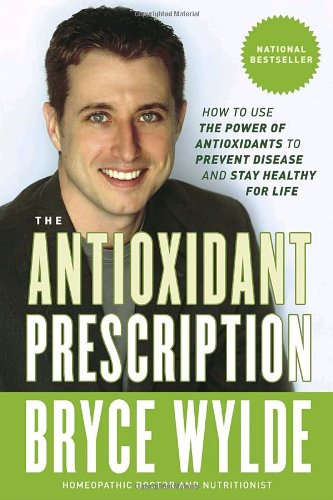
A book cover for The Antioxidant Prescription: How to Use the Power of Antioxidants to Prevent Disease and Stay Healthy for Life; Bryce Wylde; Health, Fitness & Dieting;